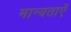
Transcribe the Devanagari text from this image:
मान्‍यताएँ